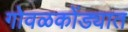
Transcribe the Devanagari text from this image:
गोवळकोंड्यात